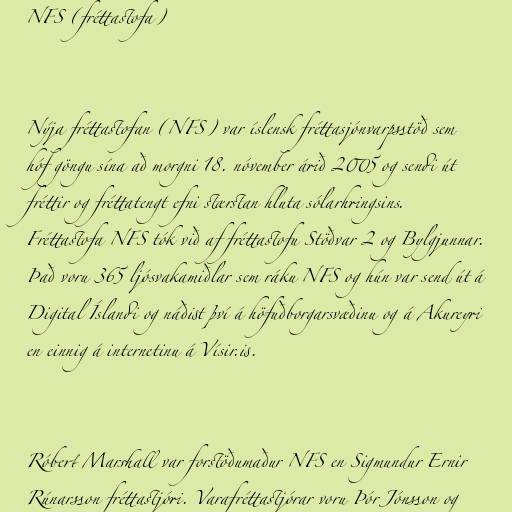
NFS (fréttastofa)

Nýja fréttastofan (NFS) var íslensk fréttasjónvarpsstöð sem
hóf göngu sína að morgni 18. nóvember árið 2005 og sendi út
fréttir og fréttatengt efni stærstan hluta sólarhringsins.
Fréttastofa NFS tók við af fréttastofu Stöðvar 2 og Bylgjunnar.
Það voru 365 ljósvakamiðlar sem ráku NFS og hún var send út á
Digital Íslandi og náðist því á höfuðborgarsvæðinu og á Akureyri
en einnig á internetinu á Vísir.is.

Róbert Marshall var forstöðumaður NFS en Sigmundur Ernir
Rúnarsson fréttastjóri. Varafréttastjórar voru Þór Jónsson og